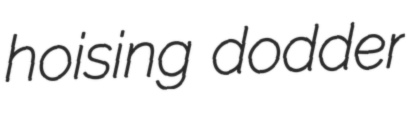
hoising dodder